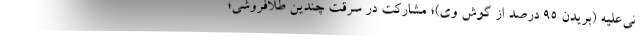
نی‌علیه (بریدن ۹۵ درصد از گوش وی)؛ مشارکت در سرقت چندین طلافروشی؛